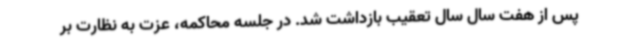
پس از هفت سال سال تعقیب بازداشت شد. در جلسه محاکمه، عزت به نظارت بر